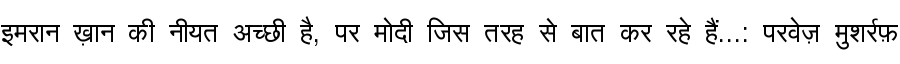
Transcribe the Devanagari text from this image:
इमरान ख़ान की नीयत अच्छी है, पर मोदी जिस तरह से बात कर रहे हैं...: परवेज़ मुशर्रफ़